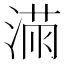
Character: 𱧼